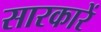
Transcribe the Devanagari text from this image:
सारकारें